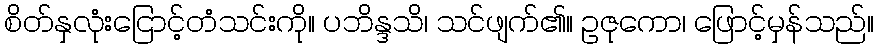
စိတ်နှလုံးငြောင့်တံသင်းကို။ ပဘိန္ဒသိ၊ သင်ဖျက်၏။ ဥဇုကော၊ ဖြောင့်မှန်သည်။